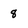
Character: 8